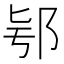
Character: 𨚛